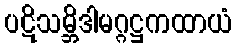
ပဋိသမ္ဘိဒါမဂ္ဂဋ္ဌကထာယံ